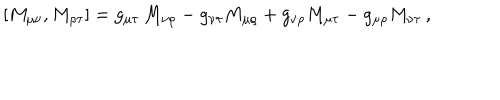
[ M _ { \mu \nu } , M _ { \rho \tau } ] = g _ { \mu \tau } \, M _ { \nu \rho } - g _ { \nu \tau } M _ { \mu \rho } + g _ { \nu \rho } M _ { \mu \tau } - g _ { \mu \rho } M _ { \nu \tau } \, ,